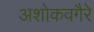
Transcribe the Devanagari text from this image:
अशोकवगैरे